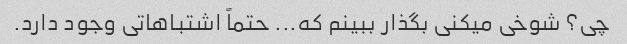
چی؟ شوخی میکنی بگذار ببینم که... حتماً اشتباهاتی وجود دارد.